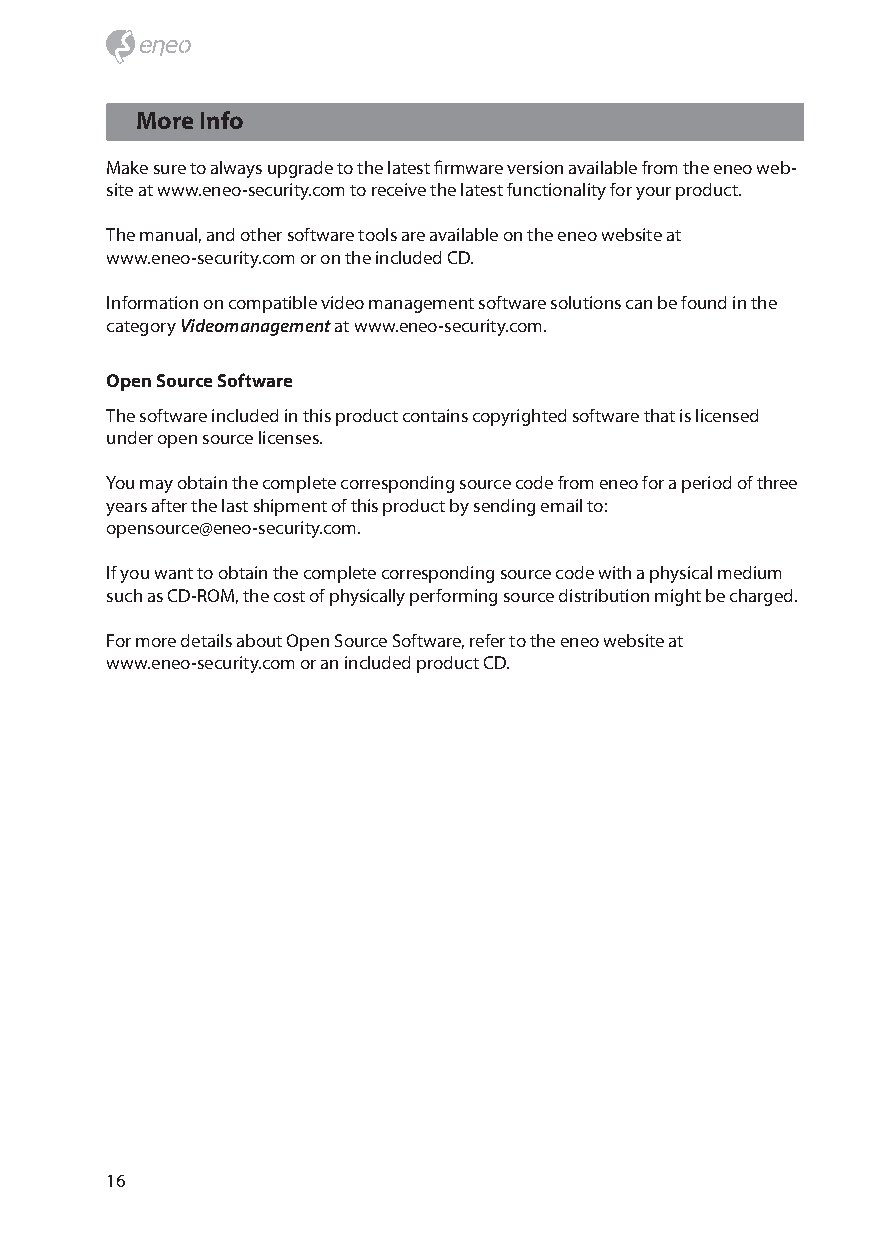
More Info
 Make sure to always upgrade to the latest firmware version available from the eneo web-
 site at www.eneo-security.com to receive the latest functionality for your product.
 The manual, and other software tools are available on the eneo website at
 www.eneo-security.com or on the included CD.
 Information on compatible video management software solutions can be found in the
 category Videomanagement at www.eneo-security.com.
 Open Source Software
 The software included in this product contains copyrighted software that is licensed
 under open source licenses.
 You may obtain the complete corresponding source code from eneo for a period of three
 years after the last shipment of this product by sending email to:
 opensource@eneo-security.com.
 If you want to obtain the complete corresponding source code with a physical medium
 such as CD-ROM, the cost of physically performing source distribution might be charged.
 For more details about Open Source Software, refer to the eneo website at
 www.eneo-security.com or an included product CD.
 16